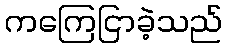
ကကြေငြာခဲ့သည်